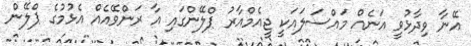
އޭނާ ވިދާޅުވީ އަނެއް މައްސަލައަކީ ޖީއެމްއާރު ޕްލޭންގައި އާ ރަންވޭއެއް އެޅުމުގެ ޕްލޭން